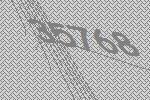
35768